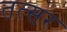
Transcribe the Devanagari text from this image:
तत्सर